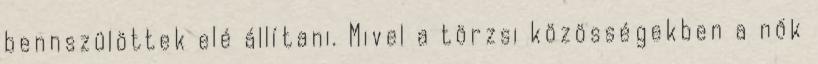
bennszülöttek elé állítani. Mivel a törzsi közösségekben a nők